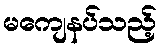
မကျေနပ်သည့်